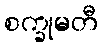
စက္ခုမတီ